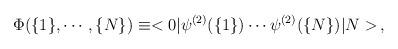
LaTeX: \begin{align*}\Phi (\{1\}, \cdots, \{N\})\equiv < 0|\psi^{(2)} (\{1\}) \cdots \psi^{(2)} (\{N\}) |N > \,,\end{align*}